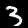
Label: 3